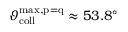
\vartheta _ { \mathrm { c o l l } } ^ { \mathrm { m a x , p = q } } \approx 5 3 . 8 ^ { \circ }